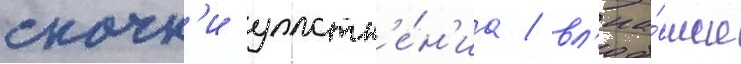
скачк'и уплотн'е́н'иа / вл'иа́вшие